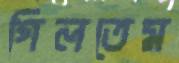
গিলতেম